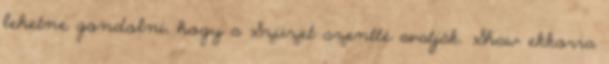
lehetne gondolni, hogy a Szüzet szentté avatják. Shaw ekkorra